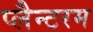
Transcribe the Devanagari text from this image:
प्लैन्टरम